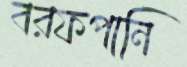
বরফপানি